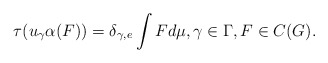
\begin{align*}\tau(u_\gamma\alpha(F))=\delta_{\gamma,e}\int Fd\mu, \gamma\in \Gamma, F\in C(G).\end{align*}